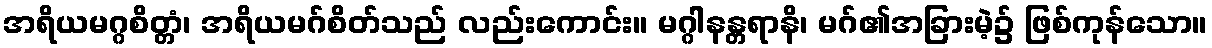
အရိယမဂ္ဂစိတ္တံ၊ အရိယမဂ်စိတ်သည် လည်းကောင်း။ မဂ္ဂါနန္တရာနိ၊ မဂ်၏အခြားမဲ့၌ ဖြစ်ကုန်သော။